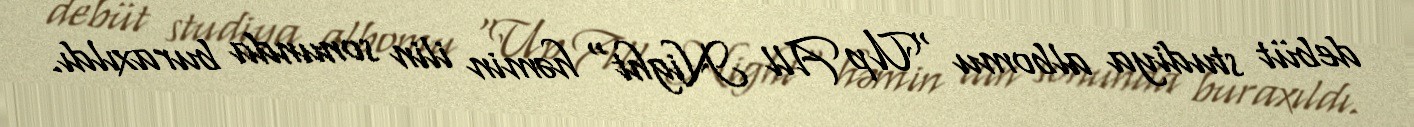
debüt studiya albomu "Up All Night" həmin ilin sonunda buraxıldı.